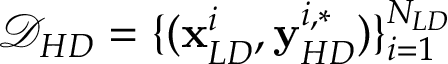
\mathcal { D } _ { H D } = \{ ( \mathbf { x } _ { L D } ^ { i } , \mathbf { y } _ { H D } ^ { i , * } ) \} _ { i = 1 } ^ { N _ { L D } }